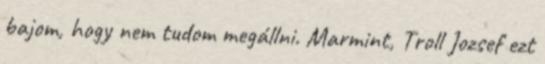
bajom, hogy nem tudom megállni. Marmint, Troll Jozsef ezt